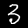
Label: 3